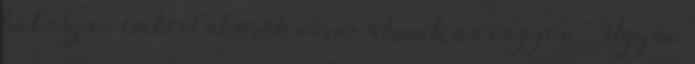
hát olyan embert akarok várni, akinek az vagyon. Ugyan